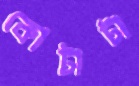
কোটাটা